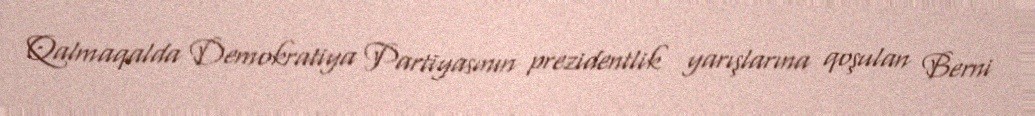
Qalmaqalda Demokratiya Partiyasının prezidentlik yarışlarına qoşulan Berni